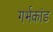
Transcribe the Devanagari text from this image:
गर्भकांड